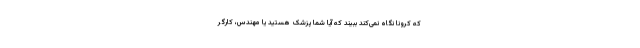
که کرونا نگاه نمی‌کند ببیند که آیا شما پزشک هستید یا مهندس، کارگر